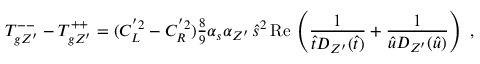
T _ { g Z ^ { \prime } } ^ { -- } - T _ { g Z ^ { \prime } } ^ { + + } = ( C _ { L } ^ { ' 2 } - C _ { R } ^ { ' 2 } ) { \textstyle { \frac { 8 } { 9 } } } \alpha _ { s } \alpha _ { Z ^ { \prime } } \, \widehat s ^ { 2 } \, \mathrm { R e } \, \left( { \frac { 1 } { \widehat t D _ { Z ^ { \prime } } ( \widehat t ) } } + { \frac { 1 } { \widehat u D _ { Z ^ { \prime } } ( \widehat u ) } } \right) \ ,